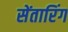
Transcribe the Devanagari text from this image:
सेंतारिंग